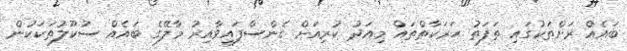
ބައެއް ރަށްތަކުގައި ތަފަތު ހަރަކާތްތައް މިއަދު ކުރިއަށް ގެންސްފައިވާއިރު މާލޭގެ ބައެއް ސުކޫލުތަކަކުން